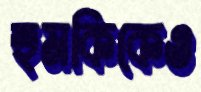
হুমকিকেও